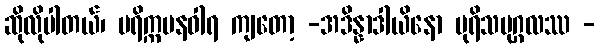
ဆိုလိုပါတယ်၊ ပရိက္ကမနဝါရ ကျတော့ -အဒိန္နာဒါယိနော ပုရိသပုဂ္ဂလဿ -